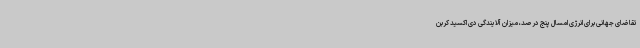
تقاضای جهانی برای انرژی امسال پنج درصد، میزان آلایندگی دی اکسید کربن